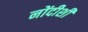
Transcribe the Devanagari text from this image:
नोंदीशी